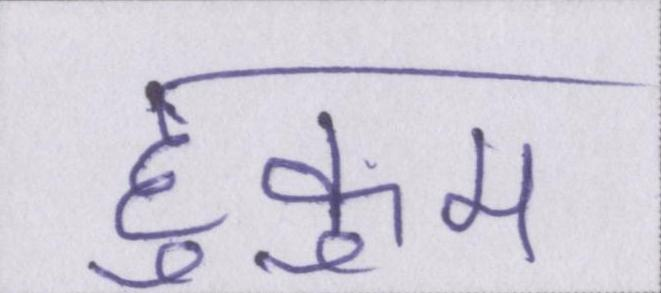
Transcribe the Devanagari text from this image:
हुकुम